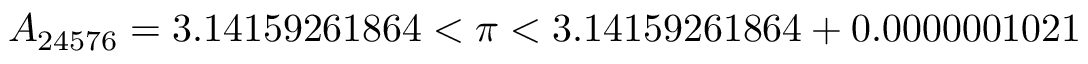
A _ { 2 4 5 7 6 } = 3 . 1 4 1 5 9 2 6 1 8 6 4 < \pi < 3 . 1 4 1 5 9 2 6 1 8 6 4 + 0 . 0 0 0 0 0 0 1 0 2 1